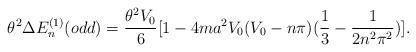
LaTeX: \begin{align*}\theta^{2}\Delta E_{n}^{(1)}(odd)=\frac{\theta^{2}V_{0}}{6}[1-4ma^{2}V_{0}(V_{0}-n\pi)(\frac{1}{3}-\frac{1}{2n^{2}\pi^{2}})] .\end{align*}